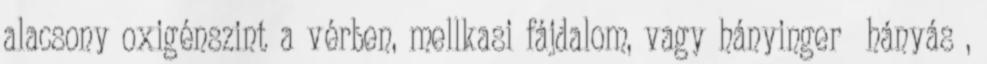
alacsony oxigénszint a vérben, mellkasi fájdalom, vagy hányinger hányás ,